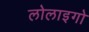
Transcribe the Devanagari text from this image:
लोलाइगो